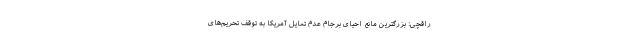
راقچی: بزرگترین مانع احیای برجام عدم تمایل آمریکا به توقف تحریم‌های